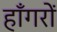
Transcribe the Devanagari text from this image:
हाँगरों